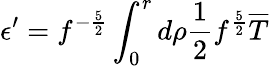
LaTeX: \epsilon^{\prime}=f^{-\frac{5}{2}}\int_{0}^{r}d\rho\frac{1}{2}f^{\frac{5}{2}}\overline{{{T}}}